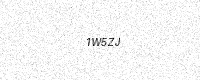
Text: 1W5ZJ